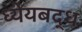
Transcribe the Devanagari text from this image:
ध्येयबद्ध